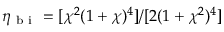
\eta _ { \mathrm { ~ b ~ i ~ } } = [ \chi ^ { 2 } ( 1 + \chi ) ^ { 4 } ] / [ 2 ( 1 + \chi ^ { 2 } ) ^ { 4 } ]